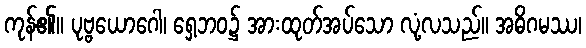
ကုန်၏။ ပုဗ္ဗယောဂေါ၊ ရှေ့ဘဝ၌ အားထုတ်အပ်သော လုံ့လသည်။ အဓိဂမဿ၊